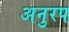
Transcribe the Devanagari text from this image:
अनुरप